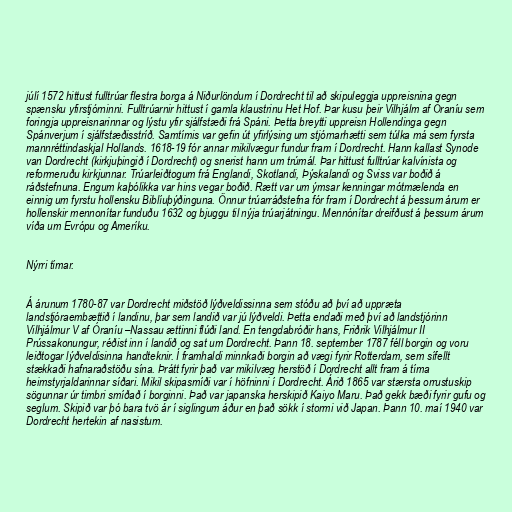
júlí 1572 hittust fulltrúar flestra borga á Niðurlöndum í Dordrecht til að skipuleggja uppreisnina gegn
spænsku yfirstjórninni. Fulltrúarnir hittust í gamla klaustrinu Het Hof. Þar kusu þeir Vilhjálm af Óraníu sem
foringja uppreisnarinnar og lýstu yfir sjálfstæði frá Spáni. Þetta breytti uppreisn Hollendinga gegn
Spánverjum í sjálfstæðisstríð. Samtímis var gefin út yfirlýsing um stjórnarhætti sem túlka má sem fyrsta
mannréttindaskjal Hollands. 1618-19 fór annar mikilvægur fundur fram í Dordrecht. Hann kallast Synode
van Dordrecht (kirkjuþingið í Dordrecht) og snerist hann um trúmál. Þar hittust fulltrúar kalvínista og
reformeruðu kirkjunnar. Trúarleiðtogum frá Englandi, Skotlandi, Þýskalandi og Sviss var boðið á
ráðstefnuna. Engum kaþólikka var hins vegar boðið. Rætt var um ýmsar kenningar mótmælenda en
einnig um fyrstu hollensku Biblíuþýðinguna. Önnur trúarráðstefna fór fram í Dordrecht á þessum árum er
hollenskir mennonítar funduðu 1632 og bjuggu til nýja trúarjátningu. Mennónítar dreifðust á þessum árum
víða um Evrópu og Ameríku.

Nýrri tímar.

Á árunum 1780-87 var Dordrecht miðstöð lýðveldissinna sem stóðu að því að uppræta
landstjóraembættið í landinu, þar sem landið var jú lýðveldi. Þetta endaði með því að landstjórinn
Vilhjálmur V af Óraníu –Nassau ættinni flúði land. En tengdabróðir hans, Friðrik Vilhjálmur II
Prússakonungur, réðist inn í landið og sat um Dordrecht. Þann 18. september 1787 féll borgin og voru
leiðtogar lýðveldisinna handteknir. Í framhaldi minnkaði borgin að vægi fyrir Rotterdam, sem sífellt
stækkaði hafnaraðstöðu sína. Þrátt fyrir það var mikilvæg herstöð í Dordrecht allt fram á tíma
heimstyrjaldarinnar síðari. Mikil skipasmíði var í höfninni í Dordrecht. Árið 1865 var stærsta orrustuskip
sögunnar úr timbri smíðað í borginni. Það var japanska herskipið Kaiyo Maru. Það gekk bæði fyrir gufu og
seglum. Skipið var þó bara tvö ár í siglingum áður en það sökk í stormi við Japan. Þann 10. maí 1940 var
Dordrecht hertekin af nasistum.